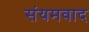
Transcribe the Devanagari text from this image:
संयमवाद